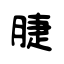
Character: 脻